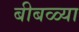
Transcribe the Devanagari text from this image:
बीबळ्या